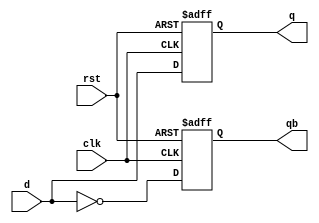
module dff(d,clk,rst,q,qb);
  input d,clk,rst;
  output reg q,qb;
  always@(negedge clk or negedge rst)
  if(rst == 1'b0)
    begin
      q<=1'b0;
      qb<=1'b1;
    end
  else
    begin
      q<=d;
      qb<=~d;
    end    
endmodule